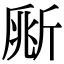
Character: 𣂥